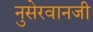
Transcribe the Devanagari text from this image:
नुसेरवानजी